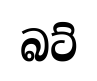
බට්